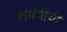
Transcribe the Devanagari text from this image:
लवंगीची